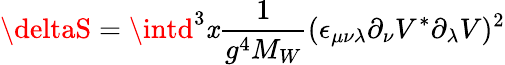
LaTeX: \deltaS=\intd^{3}\mathit{x}{\frac{{1}}{{g^{4}M_{W}}}}(\epsilon_{\mu\nu\lambda}\partial_{\nu}V^{*}\partial_{\lambda}V)^{2}